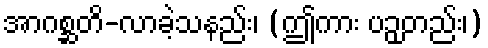
အာဂစ္ဆတိ-လာခဲ့သနည်း၊ (ဤကား ပဉှတည်း၊)